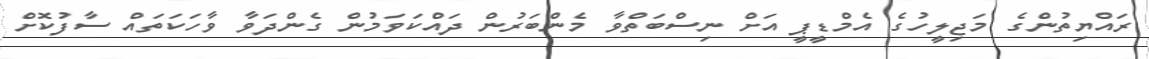
ރައްޔިތުންގެ މަޖިލީހުގެ އެމްޑީޕީ އަށް ނިސްބަތްވާ މެންބަރުން ދައްކަވަމުން ގެންދަވާ ވާހަކަތައް ސާފުކޮށް